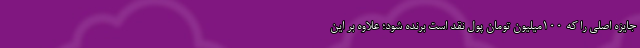
جایزه اصلی را که ۱۰۰میلیون تومان پول نقد است برنده شود؛ علاوه بر این